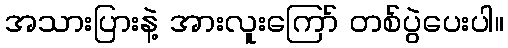
အသားပြားနဲ့ အားလူးကြော် တစ်ပွဲပေးပါ။